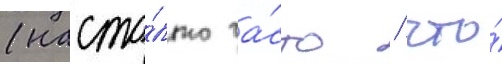
(насто́лько ча́сто / что́